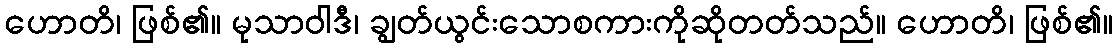
ဟောတိ၊ ဖြစ်၏။ မုသာဝါဒီ၊ ချွတ်ယွင်းသောစကားကိုဆိုတတ်သည်။ ဟောတိ၊ ဖြစ်၏။